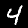
Digit: 4